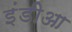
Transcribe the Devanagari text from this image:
इंडीआ